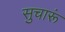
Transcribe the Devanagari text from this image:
सुचारूं